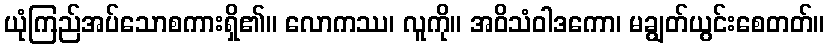
ယုံကြည်အပ်သောစကားရှိ၏။ လောကဿ၊ လူကို။ အဝိသံဝါဒကော၊ မချွတ်ယွင်းစေတတ်။